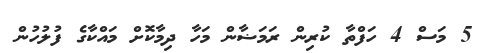
5 މަސް 4 ހަފްތާ ކުރިން ރަމަޟާން މަހާ ދިމާކޮށް މައްކާގެ ފުލުހުން